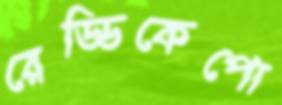
রেড্ডিকেপো